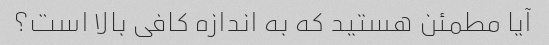
آیا مطمئن هستید که به اندازه کافی بالا است؟